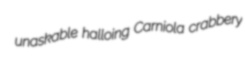
unaskable halloing Carniola crabbery